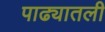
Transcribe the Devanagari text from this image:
पाढ्यातली